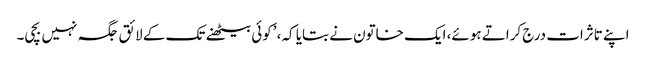
اپنے تاثرات درج کراتے ہوئے، ایک خاتون نے بتایا کہ، ’کوئی بیٹھنے تک کے لائق جگہ نہیں بچی۔